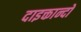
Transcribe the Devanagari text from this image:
दाइक्तान्दो